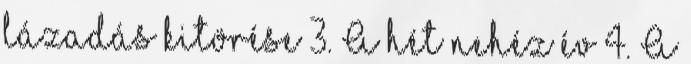
lázadás kitörése 3. A hét nehéz év 4. A